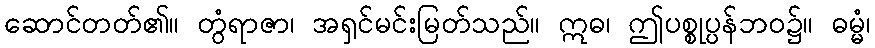
ဆောင်တတ်၏။ တွံရာဇာ၊ အရှင်မင်းမြတ်သည်။ ဣဓ၊ ဤပစ္စုပ္ပန်ဘဝ၌။ ဓမ္မံ၊